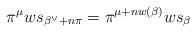
LaTeX: \begin{align*} \pi^\mu w s_{\beta^\vee + n \pi} = \pi^{\mu + n w(\beta)}w s_{\beta}\end{align*}